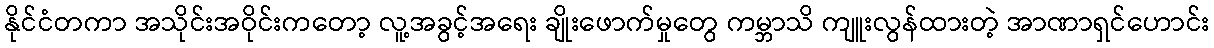
နိုင်ငံတကာ အသိုင်းအဝိုင်းကတော့ လူ့အခွင့်အရေး ချိုးဖောက်မှုတွေ ကမ္ဘာသိ ကျူးလွန်ထားတဲ့ အာဏာရှင်ဟောင်း